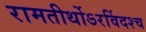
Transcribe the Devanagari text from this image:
रामतीर्थोऽरविंदश्च